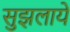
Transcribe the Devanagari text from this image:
सुझलाये